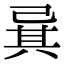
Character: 㠱